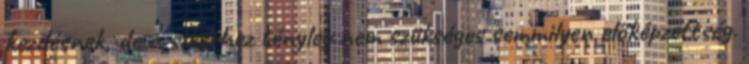
kezdésnek, de a sikerhez tényleg nem szükséges semmilyen előképzettség.